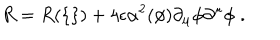
R = R ( \{ \} ) + 4 \epsilon \alpha ^ { 2 } ( \phi ) \partial _ { \mu } \phi \partial ^ { \mu } \phi \; .